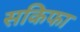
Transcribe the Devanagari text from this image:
सकिफा